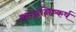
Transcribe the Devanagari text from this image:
काष्ठनिष्कर्ष